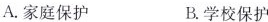
A.家庭保护 B.学校保护